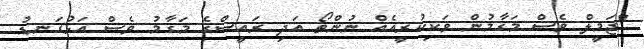
"ޖަމީލް ވެސް މަގާމުން ވަކިކުރީއެއް ނުންތޯ އަދި ރައީސްގެ މަގާމު ވެސް އަޅުގަނޑު